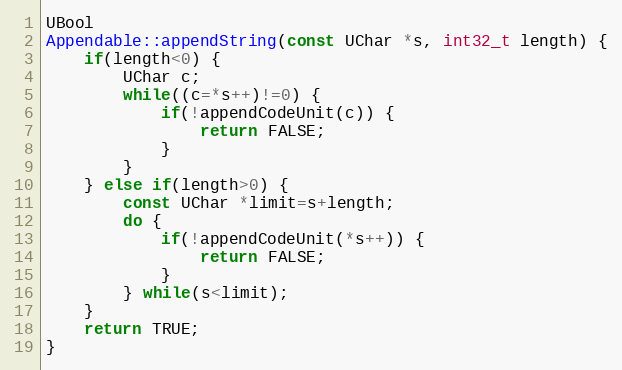
Language: C++
UBool
Appendable::appendString(const UChar *s, int32_t length) {
    if(length<0) {
        UChar c;
        while((c=*s++)!=0) {
            if(!appendCodeUnit(c)) {
                return FALSE;
            }
        }
    } else if(length>0) {
        const UChar *limit=s+length;
        do {
            if(!appendCodeUnit(*s++)) {
                return FALSE;
            }
        } while(s<limit);
    }
    return TRUE;
}